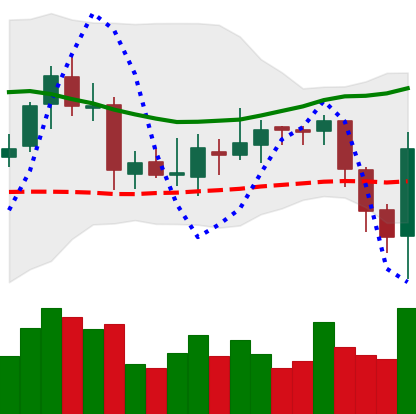
Ticker: ETC-USD
Chart end date: 2018-08-03
Forward return: -8.793%
Label: down_7plus